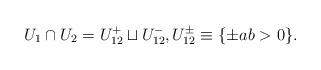
LaTeX: \begin{align*}U_1\cap U_2=U_{12}^+\sqcup U_{12}^-,U_{12}^\pm\equiv\{\pm ab>0\}.\end{align*}